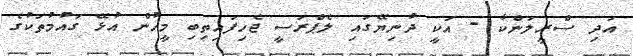
އަދި ސްރީލަންކާ - އަކީ ދުނިޔޭގައި ލެޕްރަސީ ޖެހިފައިތިބި މީހުން އުޅޭ ގައުމުތަކުގެ